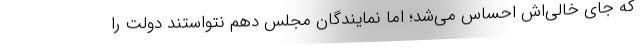
که جای خالی‌اش احساس می‌شد؛ اما نمایندگان مجلس دهم نتواستند دولت را